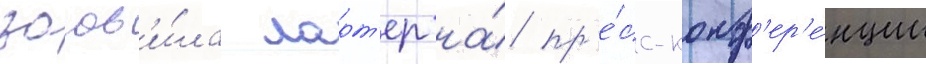
заав'и́ла ларт'ер на́ пр'е́сс-конф'ер'е́нции